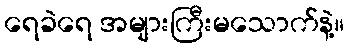
ရေခဲရေ အများကြီးမသောက်နဲ့။